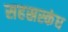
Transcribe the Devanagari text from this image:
सहस्रस्कंध